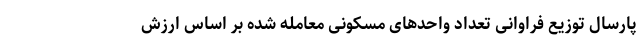
پارسال توزیع فراوانی تعداد واحد‌های مسکونی معامله شده بر اساس ارزش